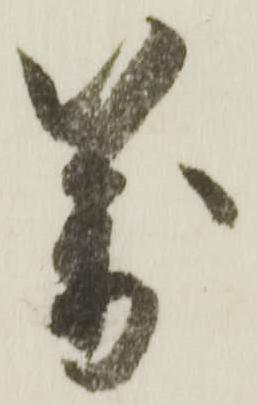
万